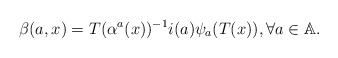
\begin{align*} \beta(a,x) = T(\alpha^a(x))^{-1}i(a)\psi_a(T(x)),\forall a\in \mathbb{A}.\end{align*}